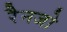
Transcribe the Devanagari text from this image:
रैनजो